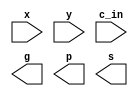
module adder (x,y,c_in,g,p,s); // 1bit adder
	
	input wire x, y, c_in; // input operand : x, y  // input carry

	output wire g, p, s; // generated carry, propagated carry

	//coding here!!
	//coding here!!
	//coding here!!

endmodule